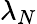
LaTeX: \lambda_{N}